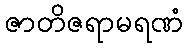
ဇာတိဇရာမရဏံ